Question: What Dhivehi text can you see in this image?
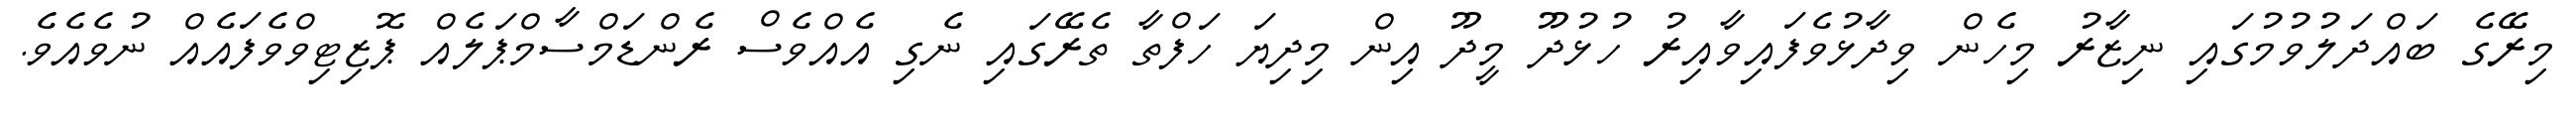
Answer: މިރޭގެ ބައްދަލުވުމުގައި ނިޒާރު މިހެން ވިދާޅުވެފައިވާއިރު ހުޅުދޫ މީދޫ އިން މިދިޔަ ހަފްތާ ތެރޭގައި ނެގި އެއްވެސް ރެންޑަމްސާމްޕަލެއް ޕޮޒިޓިވްވެފައެއް ނުވެއެވެ.